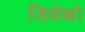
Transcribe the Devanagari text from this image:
जिलेको